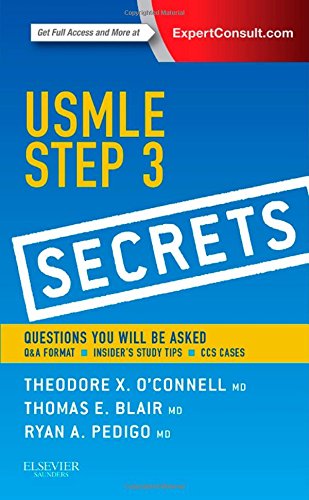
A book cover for USMLE Step 3 Secrets, 1e; Theodore X. O'Connell MD; Test Preparation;